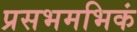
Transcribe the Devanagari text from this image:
प्रसभमभिकं